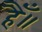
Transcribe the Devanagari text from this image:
हैँ॥